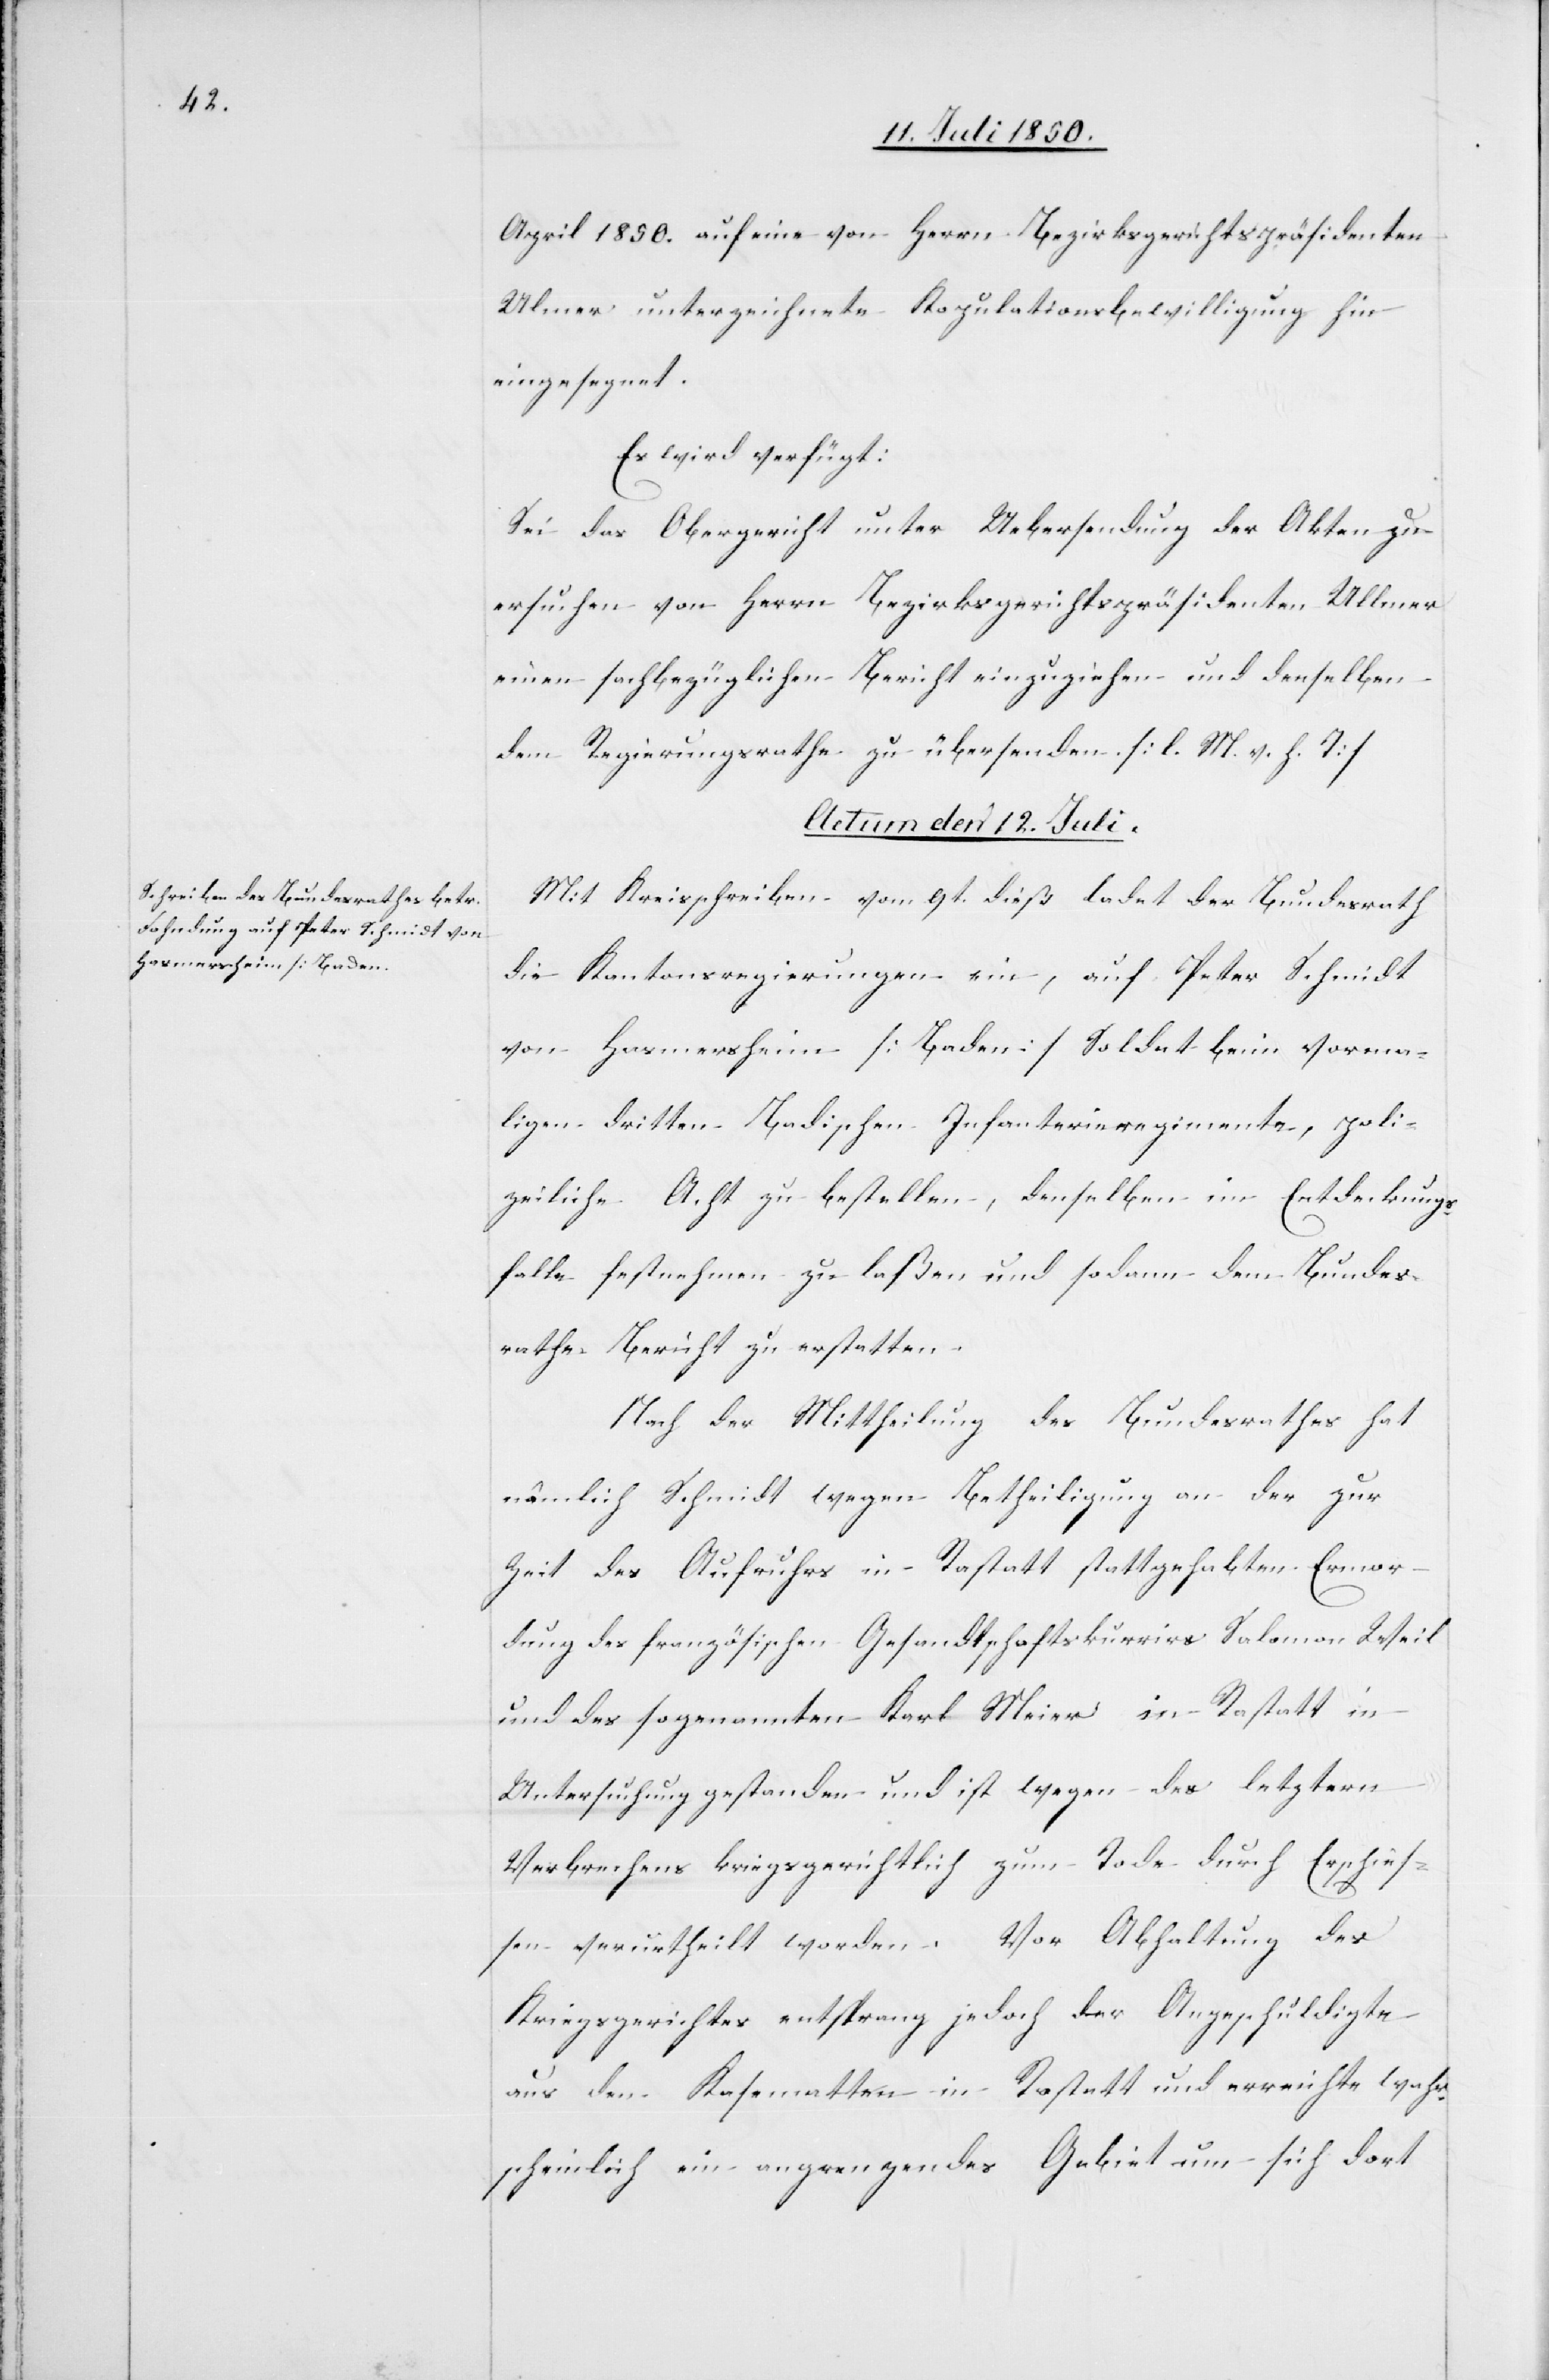
April 1850. auf eine von Herrn Bezirksgerichtspräsidenten
Ulmer unterzeichnete Kopulationsbewilligung hin
eingesegnet.
Es wird verfügt:
Sei das Obergericht unter Uebersendung der Akten zu
ersuchen von Herrn Bezirksgerichtspräsidenten Ullmer
einen sachbezüglichen Bericht einzuziehen und denselben
dem Regierungsrathe zu übersenden. [l. M. v. h. T]
Actum den 12. Juli.
Mit Kreisschreiben vom 9t. dieß ladet der Bundesrath
die Kantonsregierungen ein, auf Peter Schmidt
von Hasmersheim [Baden] Soldat beim vorma¬
ligen dritten Badischen Infanterieregimente, poli¬
zeiliche Acht zu bestellen, denselben im Entdeckungs¬
falle festnehmen zu laßen und sodann dem Bundes¬
rathe Bericht zu erstatten.
Nach der Mittheilung des Bundesrathes hat
nämlich Schmidt wegen Betheiligung an der zur
Zeit des Aufruhrs in Rastatt stattgehabten Ermor¬
dung des französischen Gesandtschaftskurrirs Salomon Weil
und des sogenannten Karl Meier in Rastatt in
Untersuchung gestanden und ist wegen des letztern
Verbrechens kriegsgerichtlich zum Tode durch Erschies¬
sen verurtheilt worden. Vor Abhaltung des
Kriegsgerichtes entsprang jedoch der Angeschuldigte
aus den Kasematten in Rostatt und erreichte wahr¬
scheinlich ein angrenzendes Gebiet um sich dort